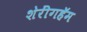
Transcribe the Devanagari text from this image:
शेरींगहॅम